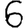
Digit: 6